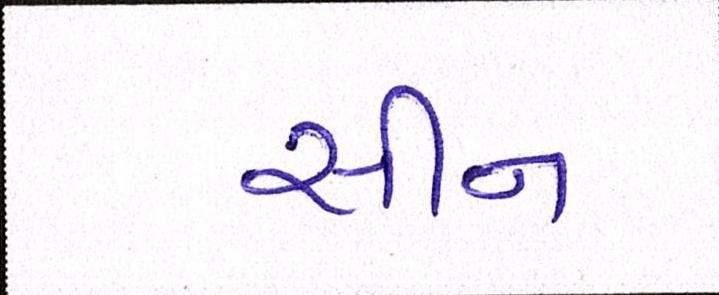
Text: સીન